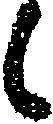
候